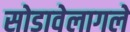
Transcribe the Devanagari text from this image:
सोडावेलागले